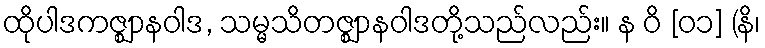
ထိုပါဒကဇ္ဈာနဝါဒ, သမ္မသိတဇ္ဈာနဝါဒတို့သည်လည်း။ န ဝိ [၀၁] (နိ၊